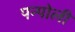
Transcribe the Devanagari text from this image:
पन्पोली